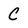
Character: C